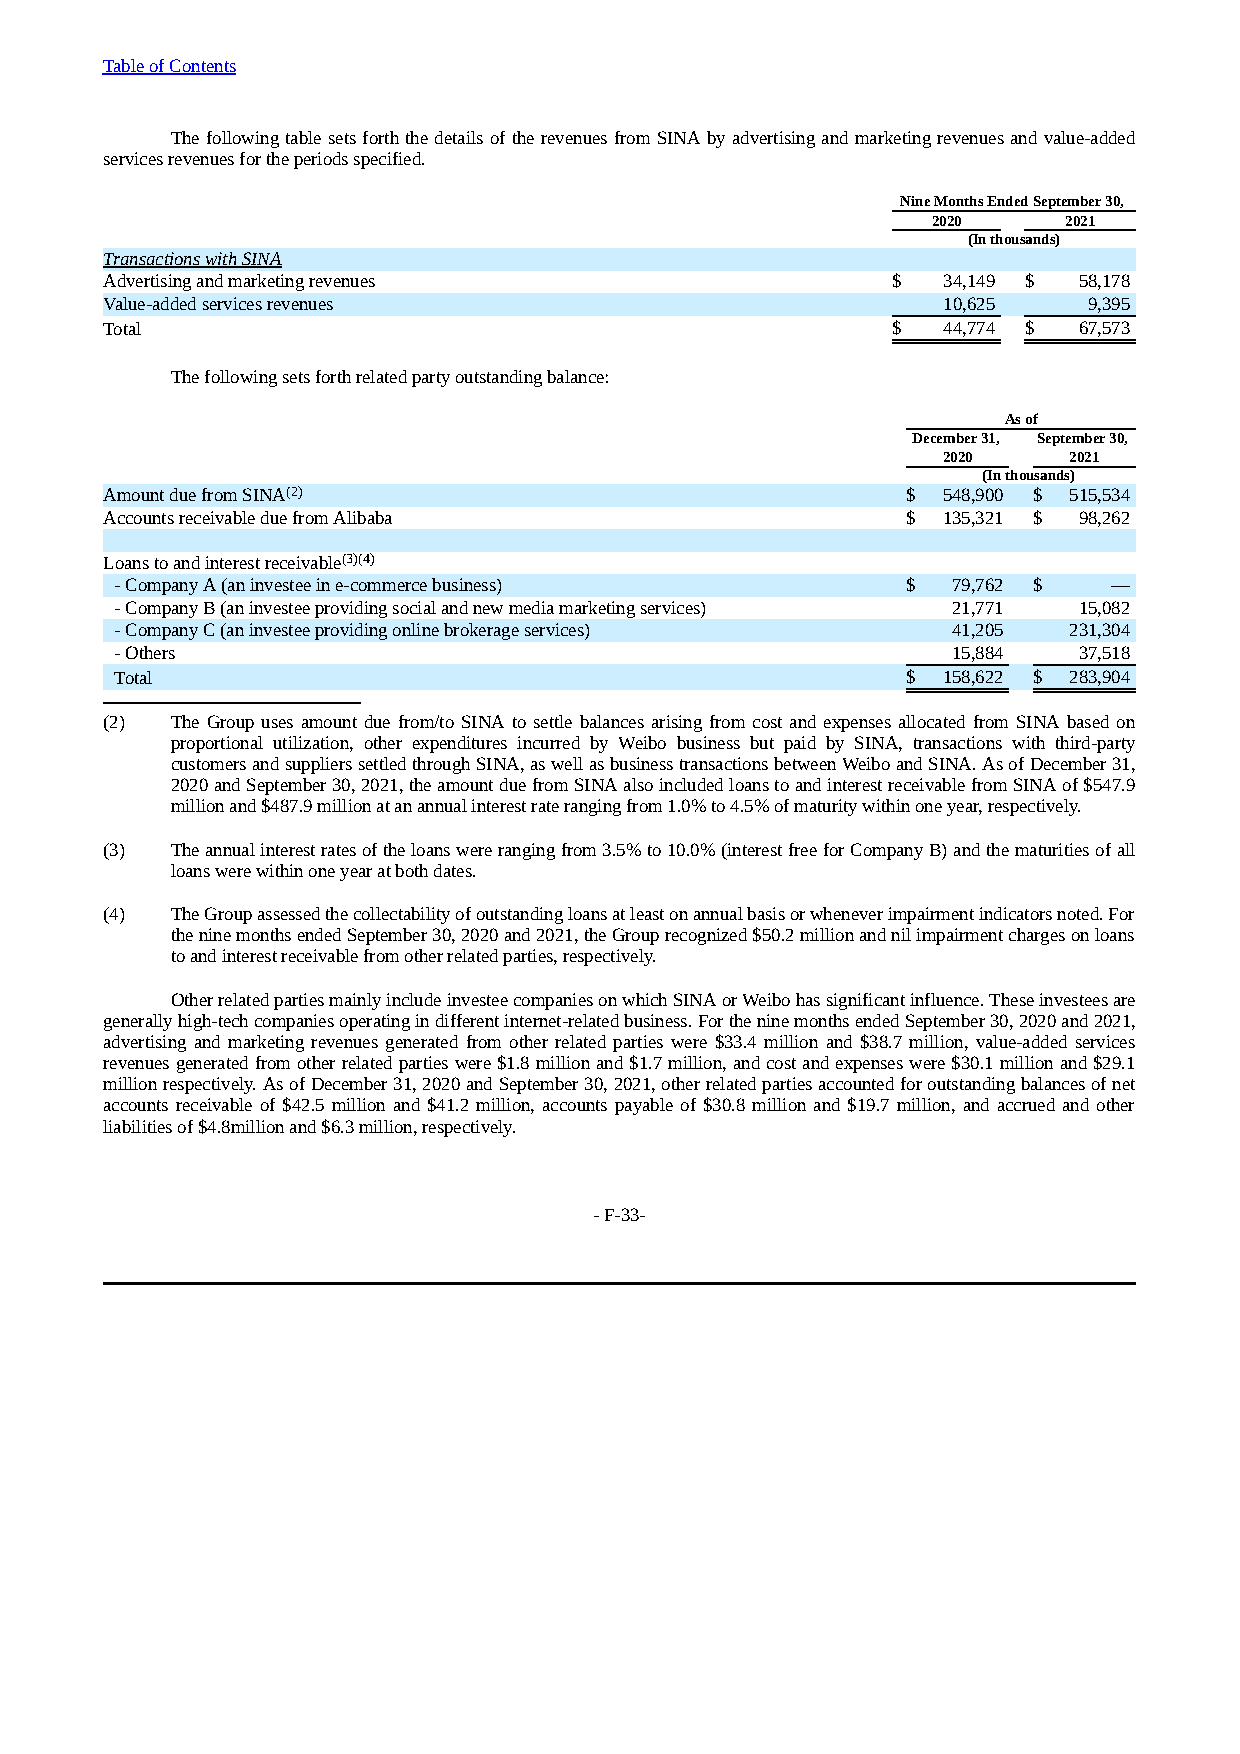
Table of Contents
 The following table sets forth the details of the revenues from SINA by advertising and marketing revenues and value-added
 services revenues for the periods specified.
 Nine Months Ended September 30,
 2020    2021
 (In thousands)
 Transactions with SINA
 Advertising and marketing revenues                  $  34,149 $ 58,178
 Value-added services revenues                          10,625    9,395
 Total                                               $  44,774 $ 67,573
 The following sets forth related party outstanding balance:
 As of
 December 31, September 30,
 2020     2021
 (In thousands)
 Amount due from SINA(2)                              $ 548,900 $ 515,534
 Accounts receivable due from Alibaba                 $ 135,321 $ 98,262
 Loans to and interest receivable(3)(4)
 - Company A (an investee in e-commerce business)    $  79,762 $   —
 - Company B (an investee providing social and new media marketing services) 21,771 15,082
 - Company C (an investee providing online brokerage services) 41,205 231,304
 - Others                                               15,884  37,518
 Total                                               $ 158,622 $ 283,904
 (2) The Group uses amount due from/to SINA to settle balances arising from cost and expenses allocated from SINA based on
 proportional utilization, other expenditures incurred by Weibo business but paid by SINA, transactions with third-party
 customers and suppliers settled through SINA, as well as business transactions between Weibo and SINA. As of December 31,
 2020 and September 30, 2021, the amount due from SINA also included loans to and interest receivable from SINA of $547.9
 million and $487.9 million at an annual interest rate ranging from 1.0% to 4.5% of maturity within one year, respectively.
 (3) The annual interest rates of the loans were ranging from 3.5% to 10.0% (interest free for Company B) and the maturities of all
 loans were within one year at both dates.
 (4) The Group assessed the collectability of outstanding loans at least on annual basis or whenever impairment indicators noted. For
 the nine months ended September 30, 2020 and 2021, the Group recognized $50.2 million and nil impairment charges on loans
 to and interest receivable from other related parties, respectively.
 Other related parties mainly include investee companies on which SINA or Weibo has significant influence. These investees are
 generally high-tech companies operating in different internet-related business. For the nine months ended September 30, 2020 and 2021,
 advertising and marketing revenues generated from other related parties were $33.4 million and $38.7 million, value-added services
 revenues generated from other related parties were $1.8 million and $1.7 million, and cost and expenses were $30.1 million and $29.1
 million respectively. As of December 31, 2020 and September 30, 2021, other related parties accounted for outstanding balances of net
 accounts receivable of $42.5 million and $41.2 million, accounts payable of $30.8 million and $19.7 million, and accrued and other
 liabilities of $4.8million and $6.3 million, respectively.
 - F-33-